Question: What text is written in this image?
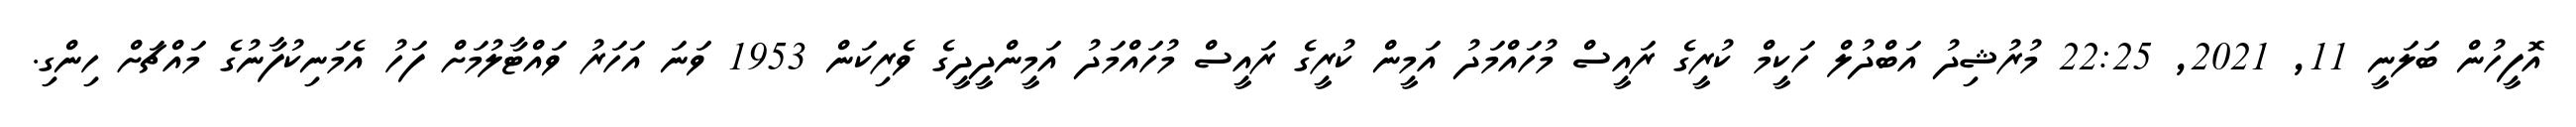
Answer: އޮފީހުން ބަލަނީ 11, 2021, 22:25 މުރުޝިދު އަބްދުލް ހަކީމް ކުރީގެ ރައީސް މުހައްމަދު އަމީން ކުރީގެ ރައީސް މުހައްމަދު އަމީންދީދީގެ ވެރިކަން 1953 ވަނަ އަހަރު ވައްޓާލުމަށް ފަހު އެމަނިކުފާނުގެ މައްޗަށް ހިންގި.